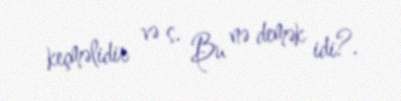
keçməlidir və s. Bu nə demək idi?.